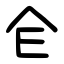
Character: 仺